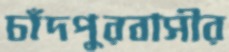
চাঁদপুরবাসীর